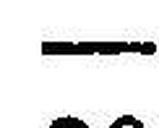
—